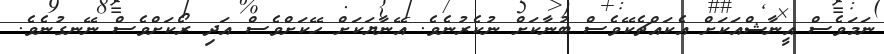
ނަމަވެސް އީނާޝްއަކަށް އެކައްޗެކޭވެސް ބުނާކަށް ނުކެރުނެވެ. އޭނާޔަކަށް ހޭކަށްވެސް އަދި ރޯކަށްވެސް ނޭނގުނެވެ.